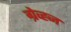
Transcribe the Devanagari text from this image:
ग्रेव्ह्ज